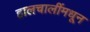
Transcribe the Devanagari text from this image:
हालचालींमधून